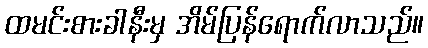
ထမင်းစားခါနီးမှ အိမ်ပြန်ရောက်လာသည်။